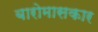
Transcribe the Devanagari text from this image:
बारोमासकार